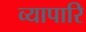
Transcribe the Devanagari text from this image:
व्यापारि